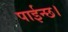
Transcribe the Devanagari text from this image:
पाईन्छ।